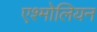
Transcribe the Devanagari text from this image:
एश्मोलियन